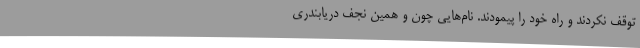
توقف نکردند و راه خود را پیمودند. نام‌هایی چون و همین نجف دریابندری